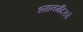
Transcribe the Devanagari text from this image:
ध्यानमंदिराचे